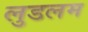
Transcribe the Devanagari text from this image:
लुडलम